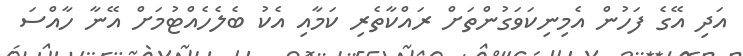
އަދި އޭގެ ފަހުން އެމިނިކަވަގުންތަށް ރައްކާތެރި ކަމާއި އެކު ބެލެހެއްޓުމަށް އޭނާ ހާއްސަ